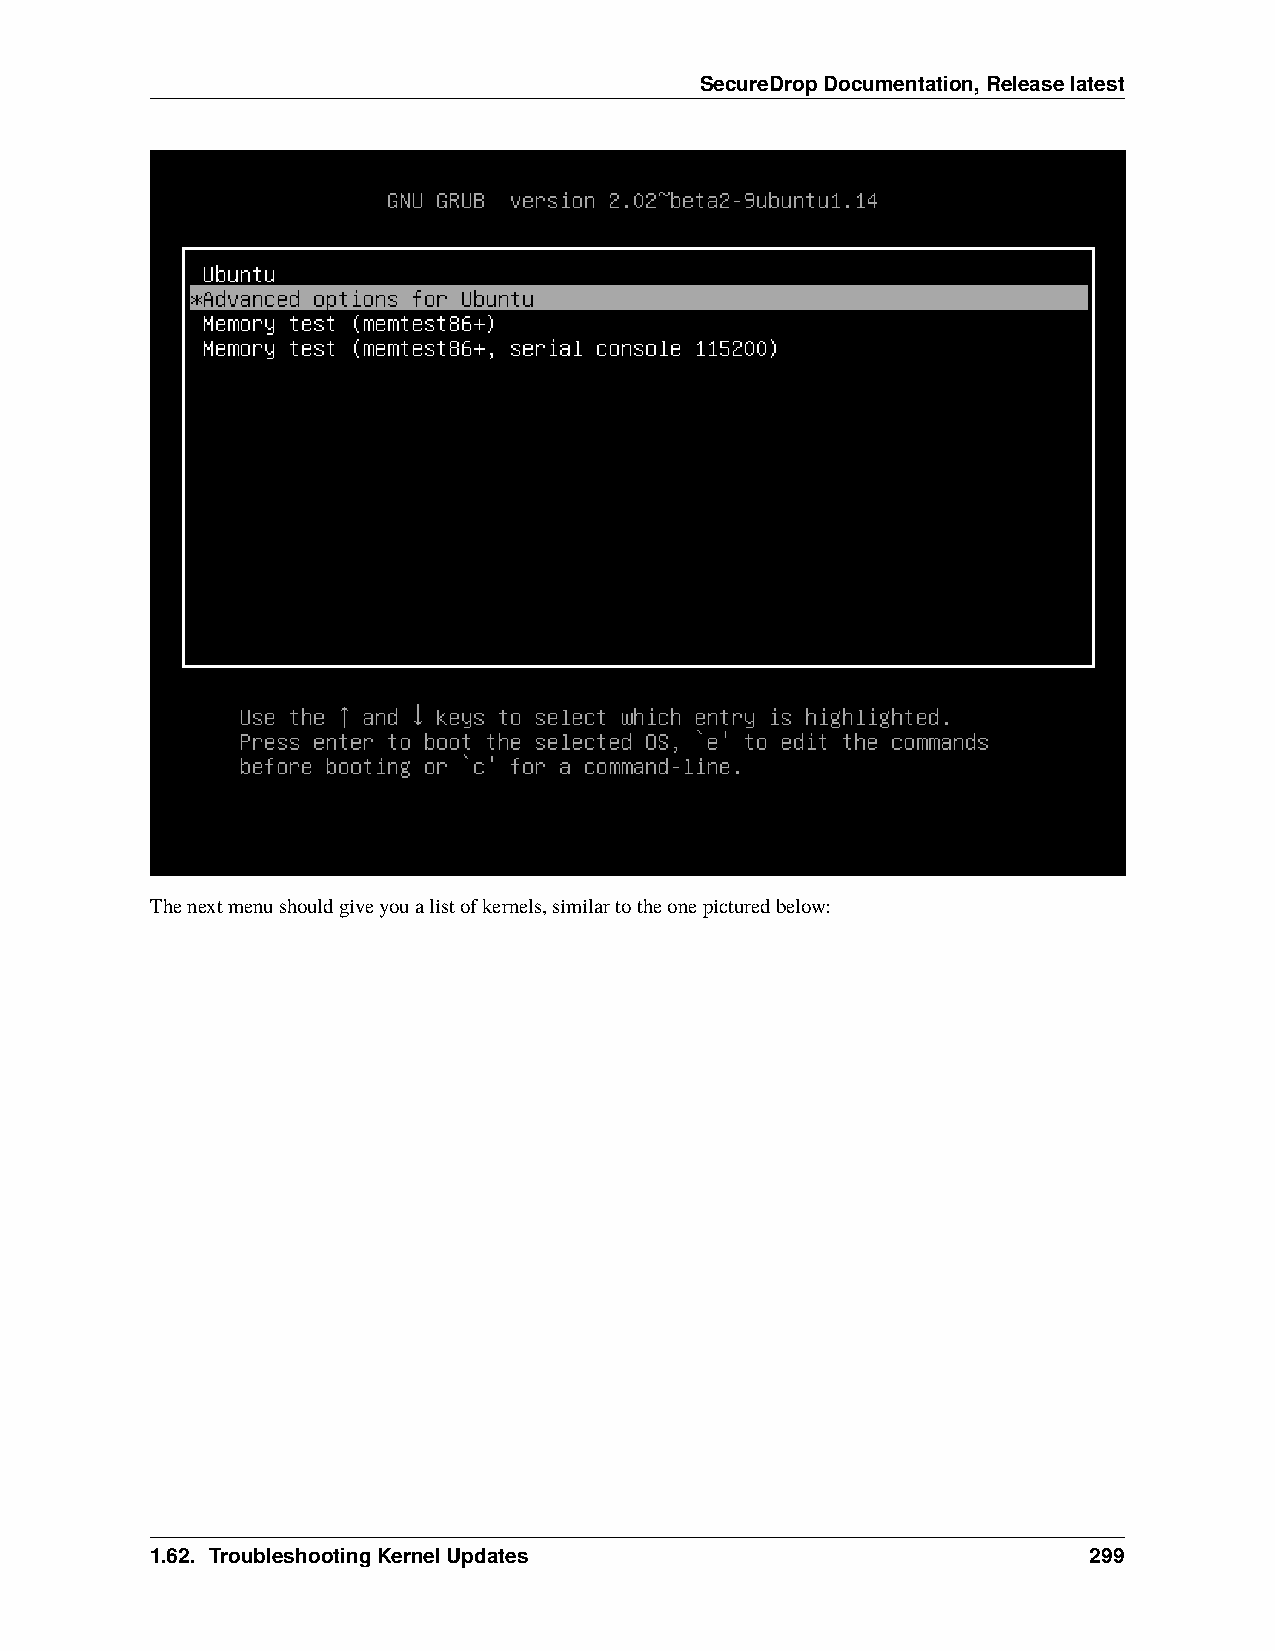
SecureDropDocumentation,Releaselatest
 Thenextmenushouldgiveyoualistofkernels,similartotheonepicturedbelow:
 1.62. TroubleshootingKernelUpdates                            299